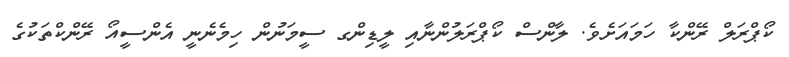
ކޯޕްރަލް ރޭންކާ ހަމައަށެވެ. ލާންސް ކޯޕްރަލުންނާއި ލީޑިންގ ސީމަނުން ހިމެނެނީ އެންސީއޯ ރޭންކްތަކުގެ